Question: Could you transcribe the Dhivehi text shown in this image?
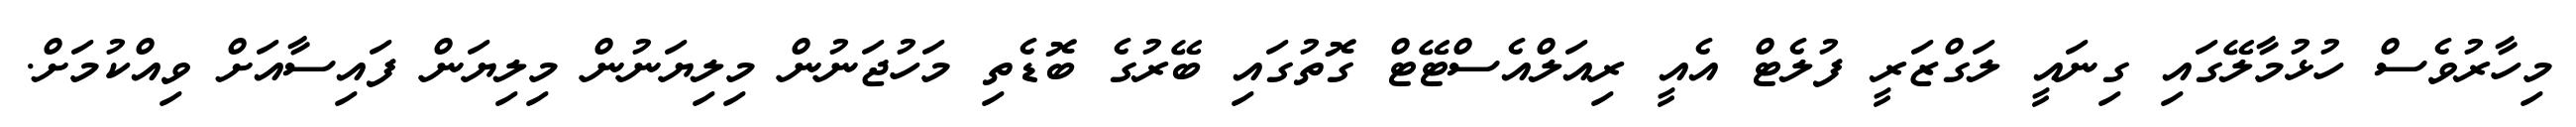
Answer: މިހާރުވެސް ހުޅުމާލޭގައި ގިނައީ ލަގްޒަރީ ފުލެޓް އެއީ ރިއަލްއެސްޓޭޓް ގޮތުގައި ބޭރުގެ ބޮޑެތި މަހުޖަނުން މިލިޔަނުން މިލިޔަން ފައިސާއަށް ވިއްކުމަށް.